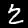
Digit: 2